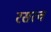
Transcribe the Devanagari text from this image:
रसत्व